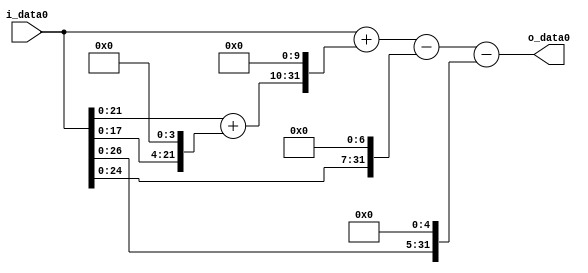
module multiplier_block (
    i_data0,
    o_data0
);

  // Port mode declarations:
  input   [31:0] i_data0;
  output  [31:0]
    o_data0;

  //Multipliers:

  wire [31:0]
    w1,
    w16,
    w17,
    w17408,
    w17409,
    w128,
    w17281,
    w32,
    w17249;

  assign w1 = i_data0;
  assign w128 = w1 << 7;
  assign w16 = w1 << 4;
  assign w17 = w1 + w16;
  assign w17249 = w17281 - w32;
  assign w17281 = w17409 - w128;
  assign w17408 = w17 << 10;
  assign w17409 = w1 + w17408;
  assign w32 = w1 << 5;

  assign o_data0 = w17249;

  //multiplier_block area estimate = 6612.88314944412;
endmodule